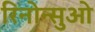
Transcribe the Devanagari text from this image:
रिनोन्सुओ